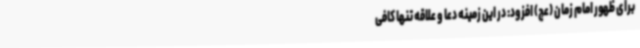
برای ظهور امام زمان (عج) افزود: در این زمینه دعا و علاقه تنها کافی